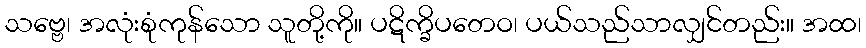
သဗ္ဗေ၊ အလုံးစုံကုန်သော သူတို့ကို။ ပဋိက္ခိပတေဝ၊ ပယ်သည်သာလျှင်တည်း။ အထ၊